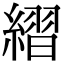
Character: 䌌